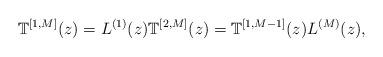
LaTeX: \begin{align*}\mathbb{T}^{[1, M]}(z)=L^{(1)}(z)\mathbb{T}^{[2, M]}(z)=\mathbb{T}^{[1, M-1]}(z)L^{(M)}(z), \end{align*}